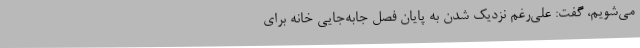
می‌شویم، گفت: علی‌رغم نزدیک شدن به پایان فصل جابه‌جایی خانه برای